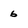
Character: 6